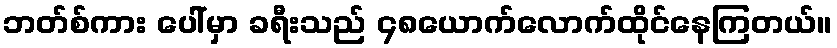
ဘတ်စ်ကား ပေါ်မှာ ခရီးသည် ၄၈ယောက်လောက်ထိုင်နေကြတယ်။